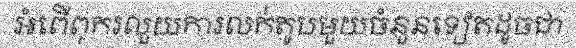
អំពើពុករលួយការលក់តូបមួយចំនួនទៀតដូចជា